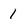
Character: 1